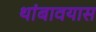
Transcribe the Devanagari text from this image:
थांबावयास